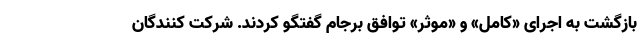
بازگشت به اجرای «کامل» و «موثر» توافق برجام گفتگو کردند. شرکت کنندگان